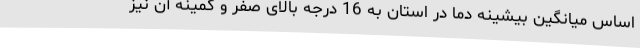
اساس میانگین بیشینه دما در استان به 16 درجه بالای صفر و کمینه آن نیز